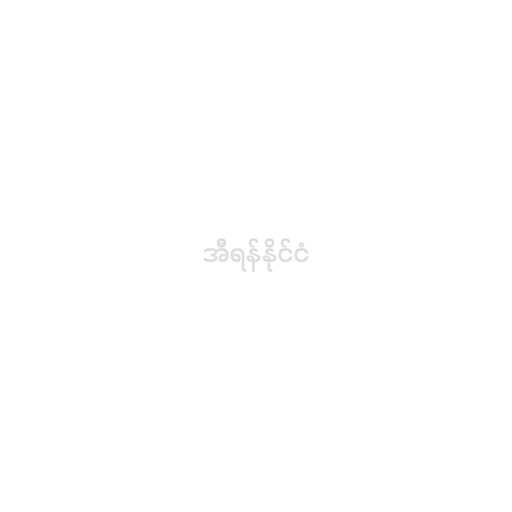
အီရန်နိုင်ငံ